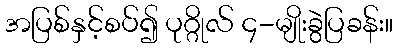
အပြစ်နှင့်စပ်၍ ပုဂ္ဂိုလ် ၄-မျိုးခွဲပြခန်း။